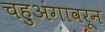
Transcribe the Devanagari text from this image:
चहुअंगावरून